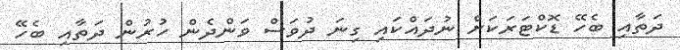
ދަތާއި ބެހޭ ޑޮކްޓަރަކަށް ނުދައްކައި ގިނަ ދުވަސް ވަންދެން ހުރުން ދަތާއި ބެހޭ